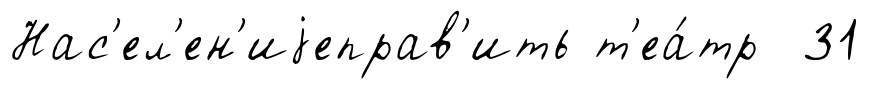
Нас'ел'ен'иjеправ'ить т'еа́тр 31